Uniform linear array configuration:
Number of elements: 32
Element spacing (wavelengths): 0.5
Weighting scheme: hann
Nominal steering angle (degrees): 15
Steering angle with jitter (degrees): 13.451
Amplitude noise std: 0.05
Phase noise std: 0.05

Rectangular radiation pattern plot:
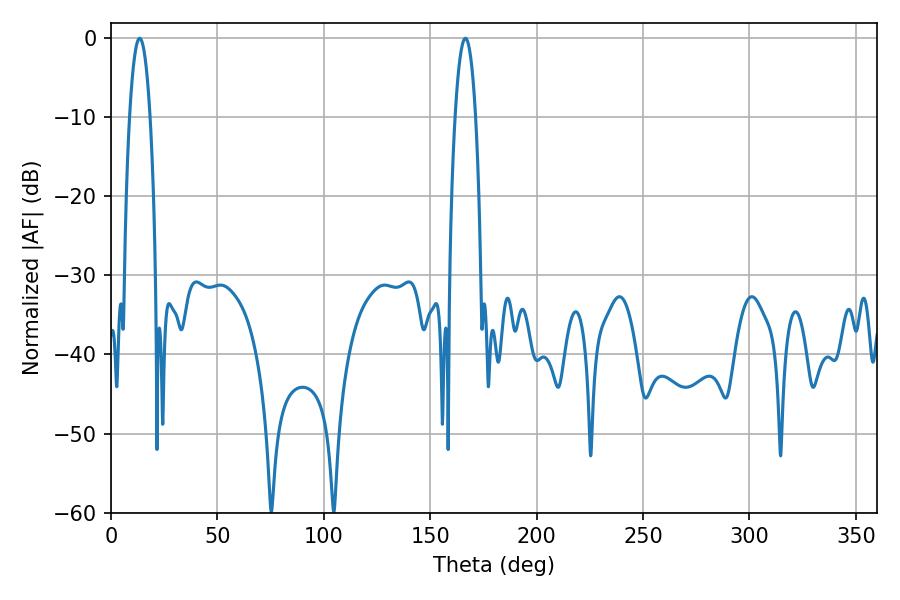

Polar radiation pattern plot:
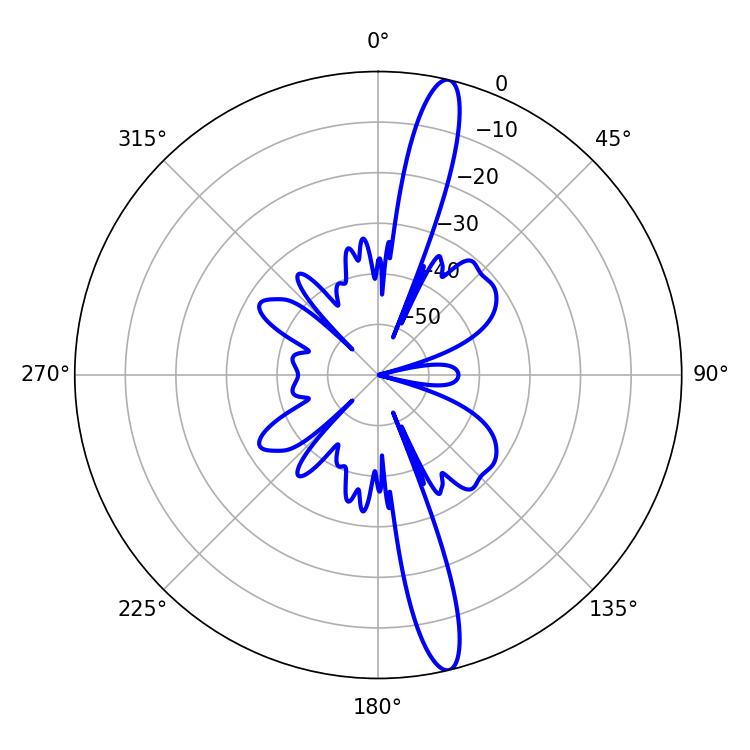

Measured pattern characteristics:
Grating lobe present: FALSE
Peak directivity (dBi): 16.277
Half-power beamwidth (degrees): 5.4
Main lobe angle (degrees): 13.5